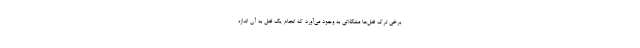
برخی ترک فعل‌ها مشکلاتی به وجود می‌آورد که انجام یک فعل به آن اندازه